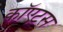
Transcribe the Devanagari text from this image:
कॉएटस